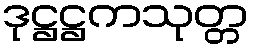
ဒုဋ္ဌဋ္ဌကသုတ္တ